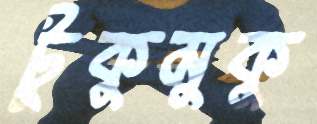
টুকুমুকু